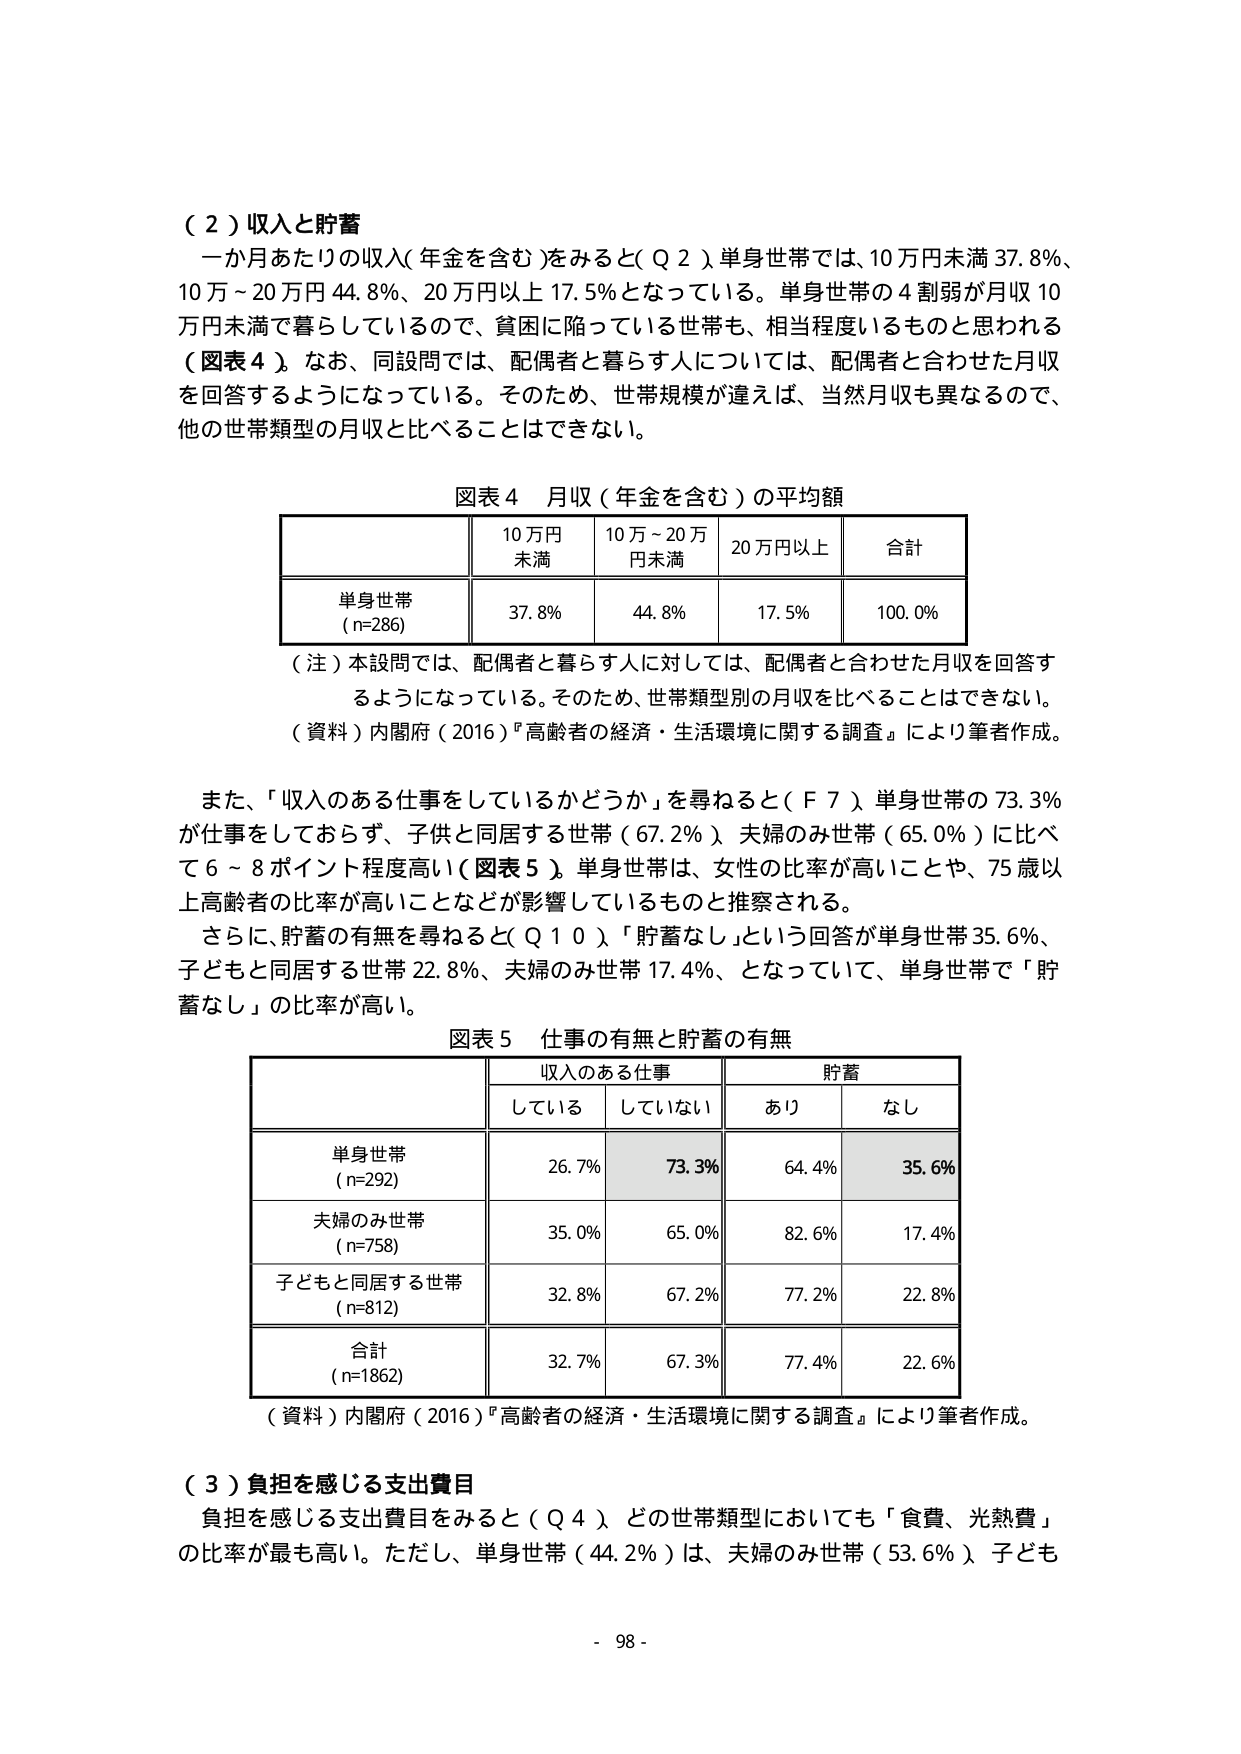
（２）収入と貯蓄
一か月あたりの収入（年金を含む）をみると（Ｑ２）、単身世帯では、10万円未満37.8％、10万～20万円44.8％、20万円以上17.5％となっている。単身世帯の4割弱が月収10万円未満で暮らしているので、貧困に陥っている世帯も、相当程度いるものと思われる（図表４）。なお、同設問では、配偶者と暮らす人については、配偶者と合わせた月収を回答するようになっている。そのため、世帯規模が違えば、当然月収も異なるので、他の世帯類型の月収と比べることはできない。

図表４ 月収（年金を含む）の平均額
| | 10万円未満 | 10万～20万円未満 | 20万円以上 | 合計 |
|---|---|---|---|---|
| 単身世帯（n=286） | 37.8％ | 44.8％ | 17.5％ | 100.0％ |

（注）本設問では、配偶者と暮らす人に対しては、配偶者と合わせた月収を回答するようになっている。そのため、世帯類型別の月収を比べることはできない。
（資料）内閣府（2016）『高齢者の経済・生活環境に関する調査』により筆者作成。

また、「収入のある仕事をしているかどうか」を尋ねると（Ｆ７）、単身世帯の73.3％が仕事をしておらず、子どもと同居する世帯（67.2％）、夫婦のみ世帯（65.0％）に比べて6～8ポイント程度高い（図表５）。単身世帯は、女性の比率が高いことや、75歳以上高齢者の比率が高いことなどが影響しているものと推察される。
さらに、貯蓄の有無を尋ねると（Ｑ１０）、「貯蓄なし」という回答が単身世帯35.6％、子どもと同居する世帯22.8％、夫婦のみ世帯17.4％、となっていて、単身世帯で「貯蓄なし」の比率が高い。

図表５ 仕事の有無と貯蓄の有無
| | 収入のある仕事 | | 貯蓄 | |
|---|---|---|---|---|
| | している | していない | あり | なし |
| 単身世帯（n=292） | 26.7％ | 73.3％ | 64.4％ | 35.6％ |
| 夫婦のみ世帯（n=758） | 35.0％ | 65.0％ | 82.6％ | 17.4％ |
| 子どもと同居する世帯（n=812） | 32.8％ | 67.2％ | 77.2％ | 22.8％ |
| 合計（n=1862） | 32.7％ | 67.3％ | 77.4％ | 22.6％ |

（資料）内閣府（2016）『高齢者の経済・生活環境に関する調査』により筆者作成。

（３）負担を感じる支出費目
負担を感じる支出費目をみると（Ｑ４）、どの世帯類型においても「食費、光熱費」の比率が最も高い。ただし、単身世帯（44.2％）は、夫婦のみ世帯（53.6％）、子ども

- 98 -